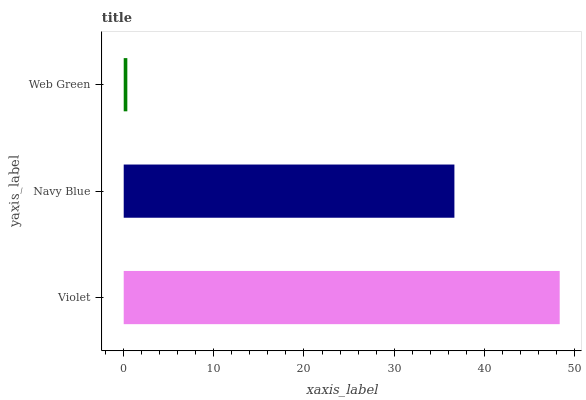
| yaxis_label | bars |
 | --- | --- |
 | Violet | 48.4 |
 | Navy Blue | 36.7 |
 | Web Green | 0.401 |